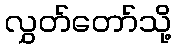
လွှတ်တော်သို့